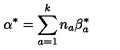
{ \mathrm { \boldmath \alpha } } ^ { * } = \sum _ { a = 1 } ^ { k } n _ { a } { { \mathrm { \boldmath \beta } } _ { a } ^ { * } }